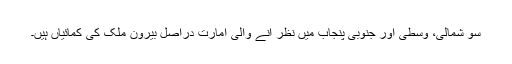
سو شمالی، وسطی اور جنوبی پنجاب میں نظر آنے والی امارت دراصل بیرونِ ملک کی کمائیاں ہیں۔